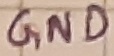
Text: GND